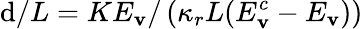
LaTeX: \mathrm{d}/L=KE_{\mathbf{v}}/\left(\kappa_{r}L(E_{\mathbf{v}}^{c}-E_{\mathbf{v}})\right)